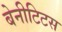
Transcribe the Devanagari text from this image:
बेनीटिटस